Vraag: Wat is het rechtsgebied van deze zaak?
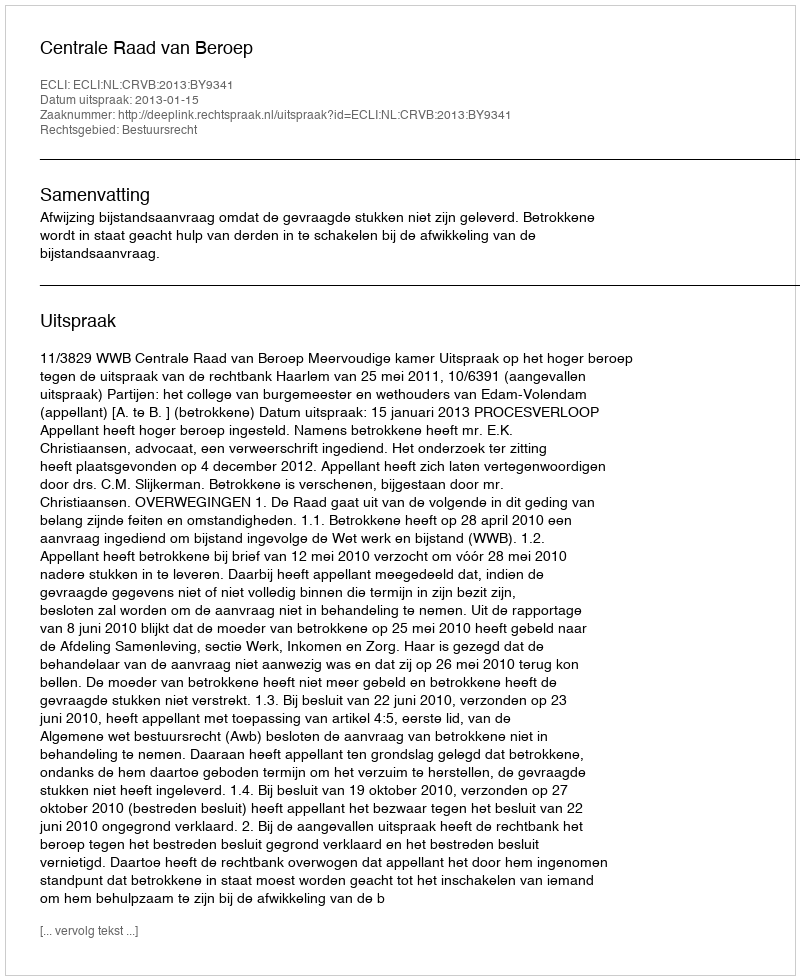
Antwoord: Bestuursrecht